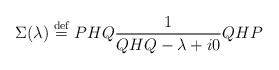
\begin{align*}\Sigma(\lambda)\stackrel{\rm def}{=}PHQ \frac{1}{QHQ - \lambda+i0}QHP\end{align*}